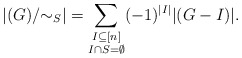
\begin{align*} |(G)/{\sim_S}|=\sum_{\substack{I\subseteq [n]\\I\cap S=\emptyset}}(-1)^{|I|}|(G-I)|.\end{align*}